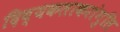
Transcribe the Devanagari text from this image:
दिव्यकलाकरांगुलि